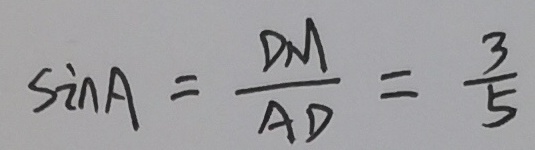
\sin A = \frac { D M } { A D } = \frac { 3 } { 5 }